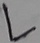
Text: L